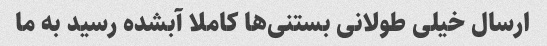
ارسال خیلی طولانی بستنی‌ها کاملا آبشده رسید به ما